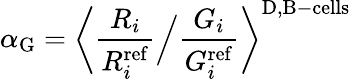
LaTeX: \alpha_{\mathrm{G}}=\bigg\langle\frac{R_{i}}{R_{i}^{\mathrm{ref}}}\Big/\frac{G_{i}}{G_{i}^{\mathrm{ref}}}\bigg\rangle^{\mathrm{D,B-cells}}